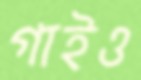
গাইও